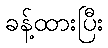
ခန့်ထားပြီး